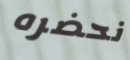
نحضره